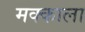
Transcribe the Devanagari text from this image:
मक्काला